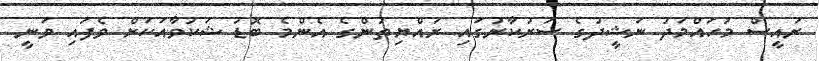
ރައީސް މުހައްމަދު ނަޝީދުގެ ސަރުކާރުގައި ރައްޔިތުންގެ އެންމެ ބޮޑު ޝަކުވާއަކަށް ވެފައި ވަނީ